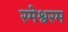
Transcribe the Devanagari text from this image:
रमेश्वरम